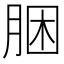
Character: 㬷